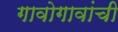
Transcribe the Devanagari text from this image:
गावोगावांची